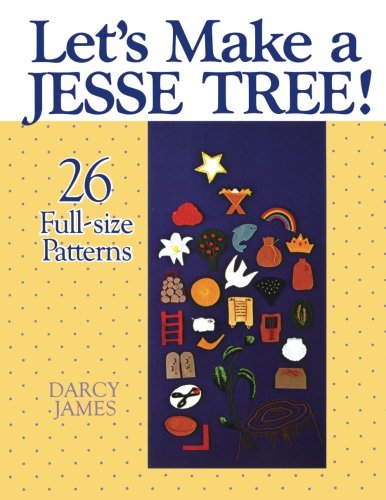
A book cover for Let's Make a Jesse Tree!: 26 Full-size Patterns; Darcy James; Christian Books & Bibles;